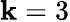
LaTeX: \mathbf{k}=3